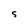
Character: S